Eesti_Rahvusfond, lk 129
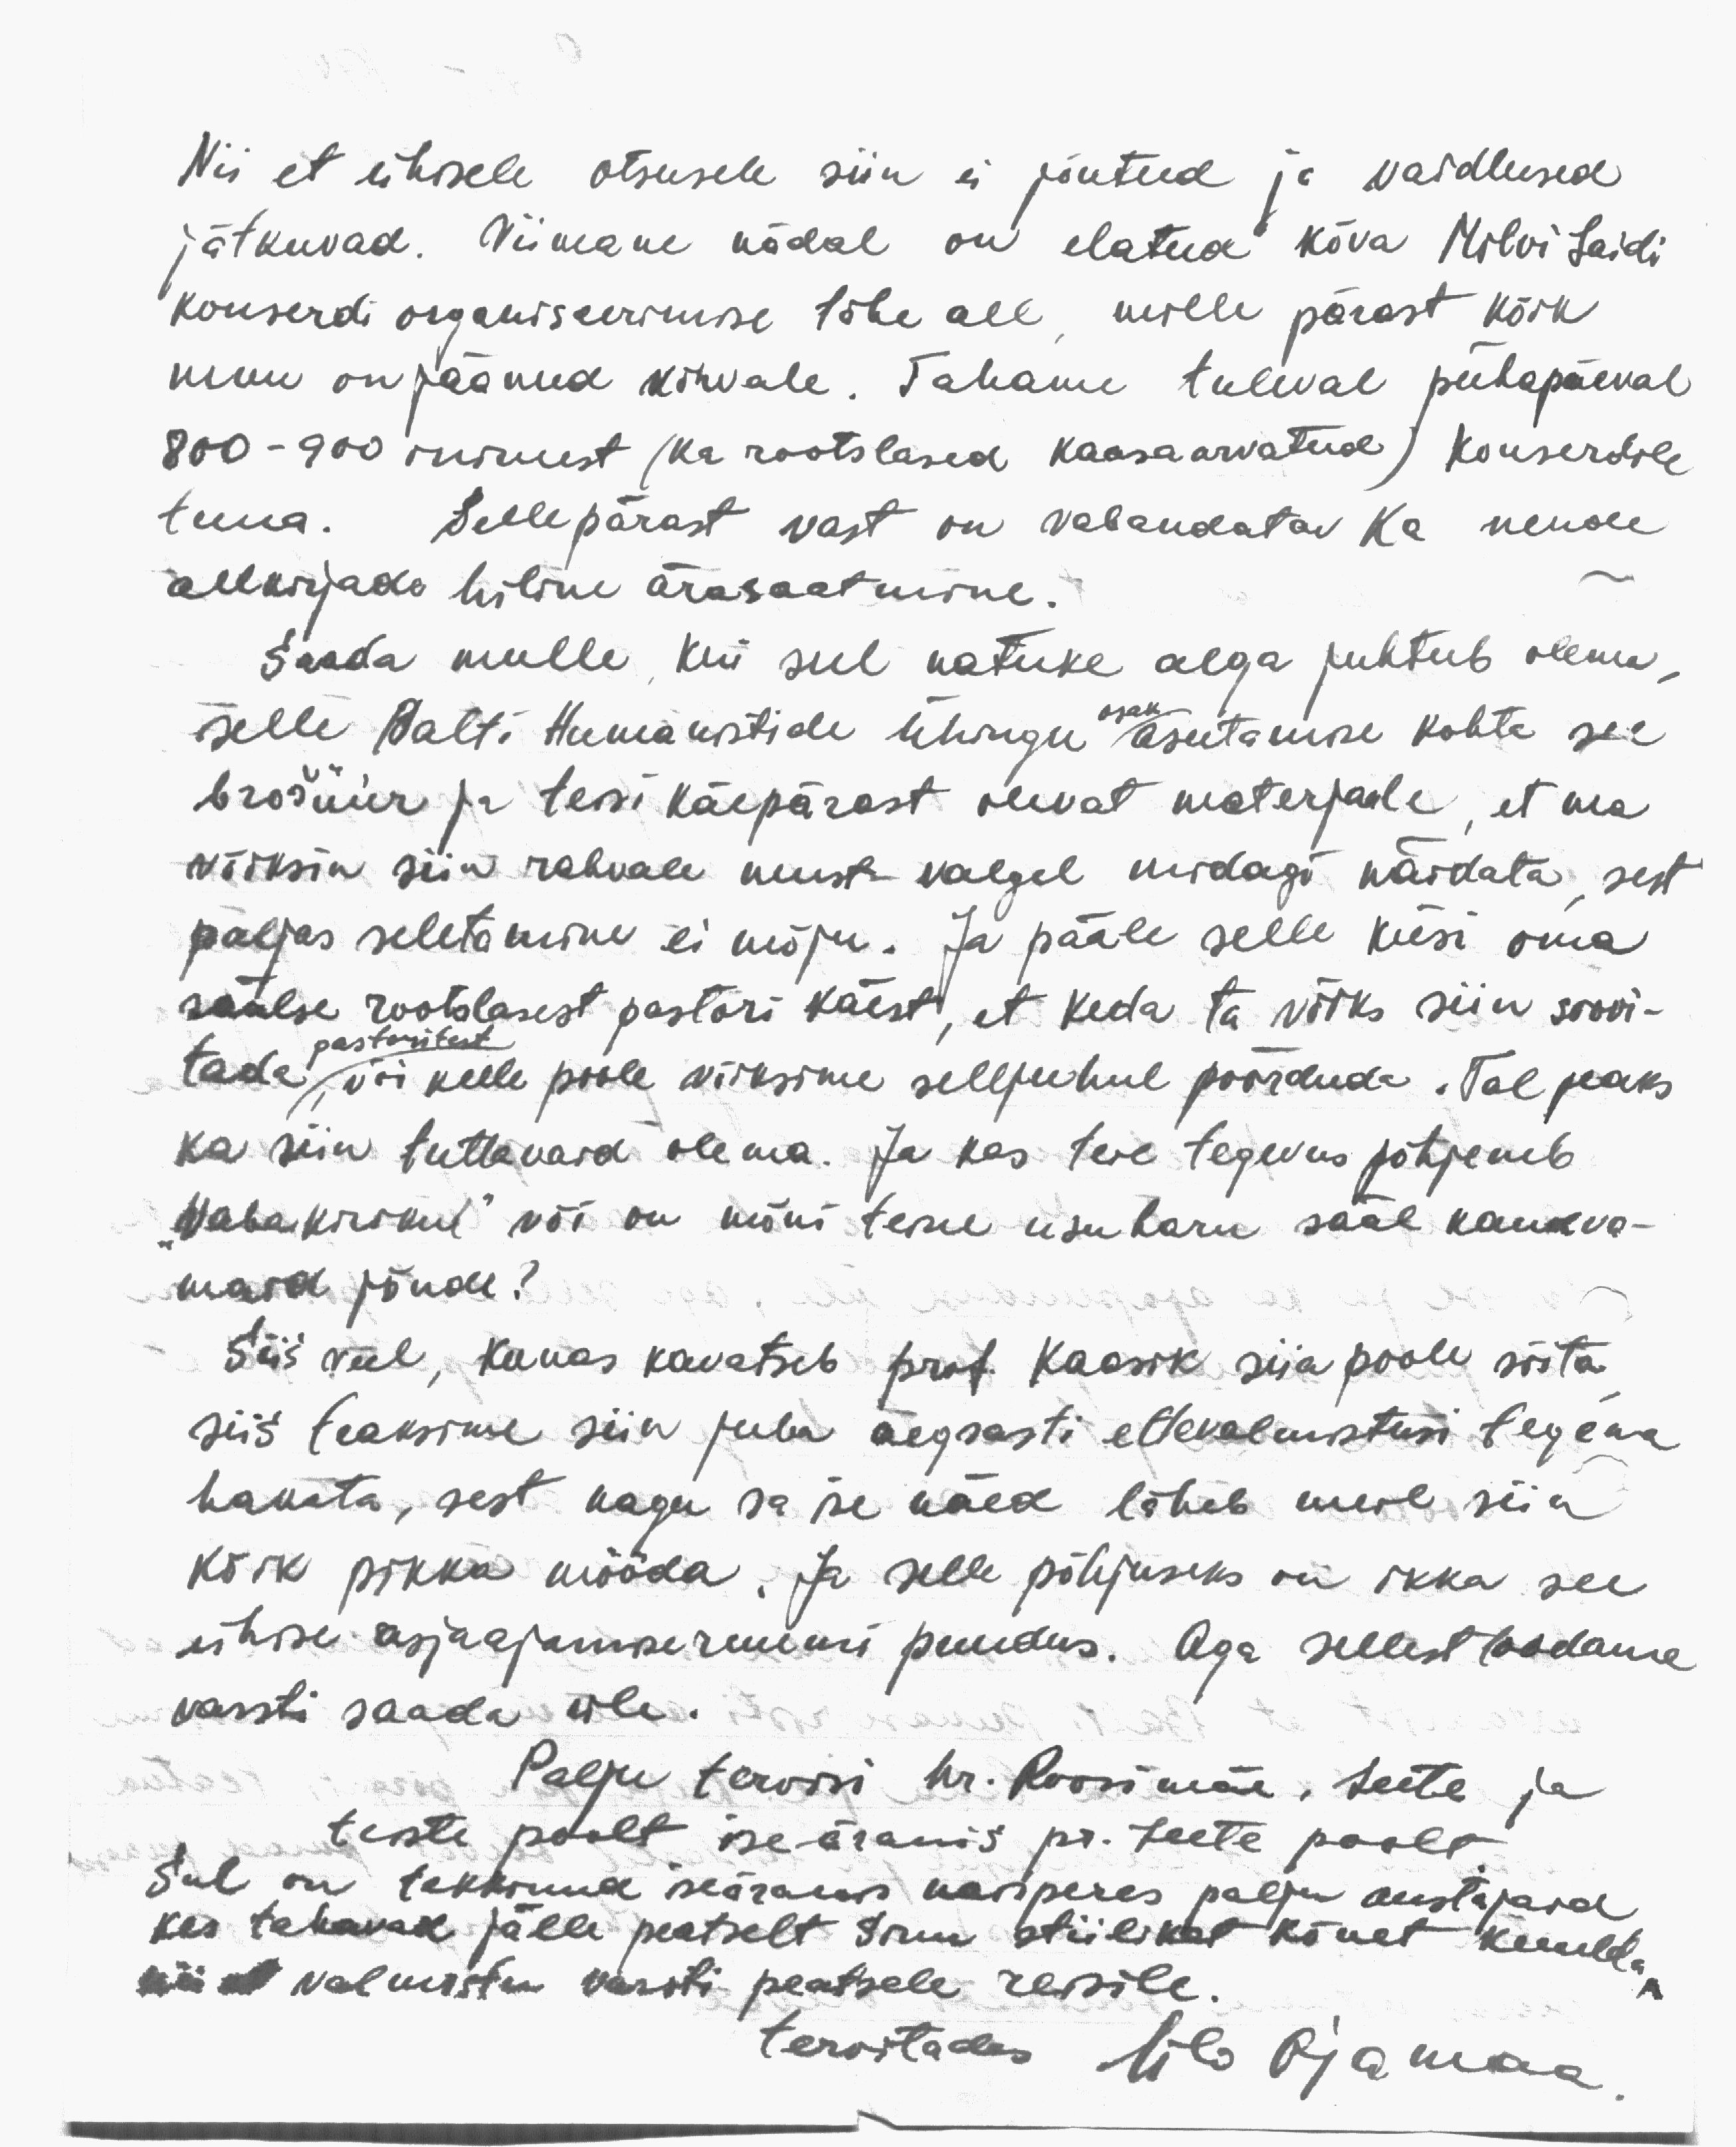
Nii et ühisele otsusele siin ei jõutud ja vaidlused
jätkuvad. Viimane nädal on elatud kõva Milvi Laidi
konserdi organiseerimise tähe all mille pärast kõik
muu on jäänud kõrvale. Tahame tuleval pühapäeval
800 - 900 inimest (ka rootslased kaasaarvatud) kontserdile
tuua. Sellepärast vast on vabandatav ka nende
allkirjade hiline ärasaatmine.
Saada mulle kui sul natuke aega juhtub olema.
selle Balti Humanistide Ühingu osak. asutamise kohta see
brošüür ja teisi käepärast olevat materjale, et ma
võiksin siin rahvale must-valgel midagi näidata, sest
paljas seletamine ei mõju. Ja pääle selle küsi oma
säälse rootslasest pastori käest, et keda ta võiks siin pastoritest soovi-
pastoritest
tada, või kelle poole võiksime selljuhul pöörduda. Tal peaks
ka siin tuttavaid olema. Ja kas teie tegevus põhjeneb
"vabakirikul" või on kuni teine usuharu sääl kandva-
maid jõude?
Siis veel, kunas kavatseb prof. Kaasik siia poole sõita
siis teaksime siin juba aegsasti ettevalmistusi tegema
hakata, sest nagu sa ise näed läheb meil siin
kõik pikka mööda. Ja selle põhjuseks on ikka see
ühise asjaajamiseruumi puudus. Aga sellest loodame
varsti saada üle.
Palju tervisi hr. Roosimäe, Teete ja
teiste poolt ise-äranis pr. Teete poolt
Sul on tekkinud iseäranis naisperes palju austajaid
kes tahavad jälle peatselt Sinu stiilikat kõnet kuulda
nii et valmistu varsti peatsele reisile.
tervitades Ülo Ojamaa